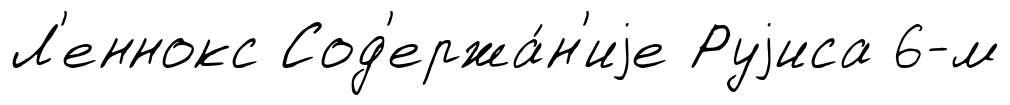
Л'еннокс Сод'ержа́н'иjе Руjиса 6-м